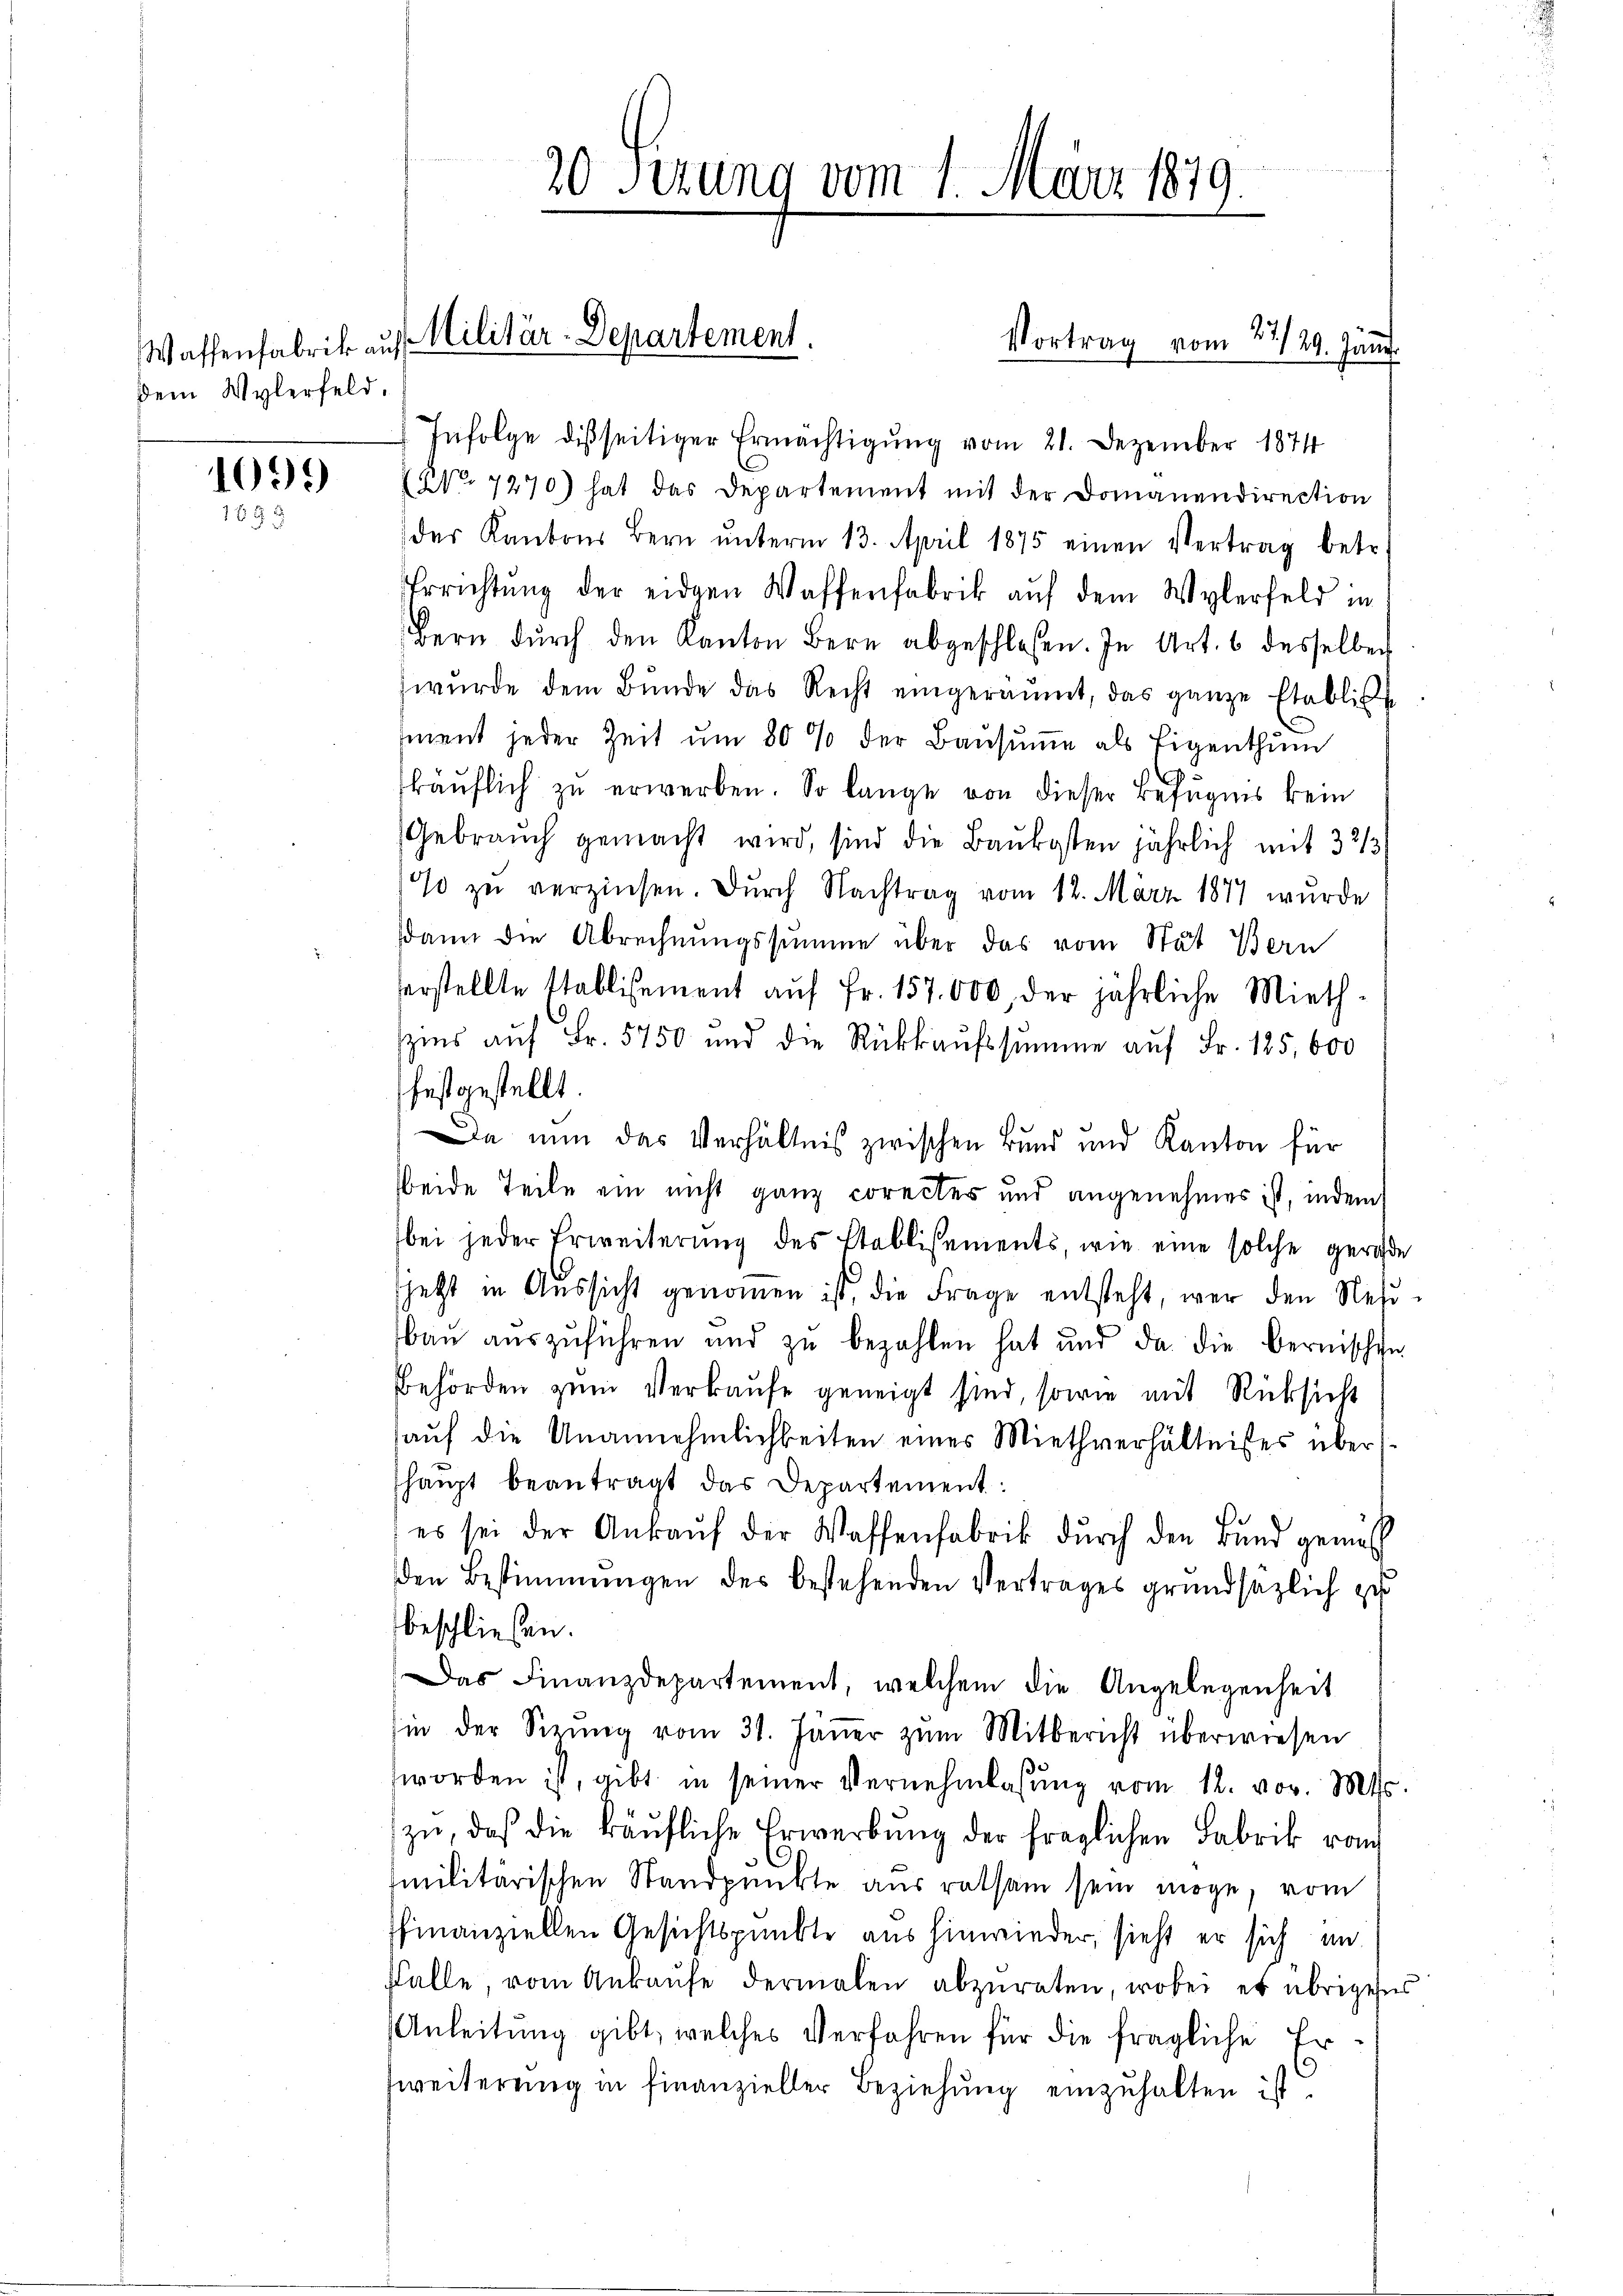
dem Wylerfeld.

1099
1698

Waffenfabrik auf Militär-Departement.

20 Setzung vom 1. März 1879.

Infolge disseitiger Ermächtigung vom 21. Dezember 1874
NNo 7270) hat das Departement mit der Domanendirection
der Kantons Bern ŭnterm 13. April 1875 einen Vertrag betr.
Errichtung der eidgen Waffenfabrik auf dem Wylerfeld in
Bern dŭrch den Kanton Bern abgeschlossen. In Art. 6 desselben
wŭrde dem Bŭnde das Recht eingeräŭmt, das ganze Etablis
ment jeder Zeit ŭm 80% der Baŭsŭṁe als Eigenthum
käŭflich zu erwerben. So lange von dieser Befugnis kein
Gebrauch gemacht wird, sind die Baukosten jährlich mit 3 2/3
% zu verzinsen. Durch Nachtrag vom 12. März 1877 wurde
sdann die Abrechnungssumme über das vom Stat Bern
verstellte Etablisement aŭf Fr. 157. 000, der jährliche Mieth-
szins auf Fr. 5750 und die Rückkaŭfssumme auf Fr. 125, 600
festgestellt.
Da nun das Verhältnis zwischen Bund und Kanton für
Beide Teile ein nicht ganz corectes und angenehmen ist, indem
bei jeder Erweiterung des Etablisements, wie eine solche gerade
jetzt in Aussicht genommen ist, die Frage entsteht, wer den Nefbaŭ aŭszŭführen und zŭ bezahlen hat und da die bernischen
Behörden zum Verkaufe geneigt sind, sowie mit Rücksicht
aŭf die Unannehmlichkeiten eines Miethverhältnisses über
haŭpt beantragt das Departement:
es sei der Ankaŭf der Waffenfabrik dŭrch den Bund gemess
den Bestimmungen des bestehenden Vertrages grundsätzlich zu
beschließen.
Das Finanzdepartement, welchem die Angelegenheit
hin der Serŭng vom 31. Janer zŭm Mitbericht überwiesen
worden ist, gibt in seiner Vernehmlassŭng vom 12. vor. Mts.
zŭ, daß die käŭfliche Erwerbŭng der fraglichen Fabrik vo
militärischen Standpunkte aus ratsam sein möge, vom
ffinanziellen Gesichtspunkte aus hinwieder, sieht er sich in
falle, vom Ankaŭfe dermalen abzuraten, wobei er übrigens
Anleitung gibt, welches Verfahren für die fragliche Er¬
6
Zweiterung in finanzieller Beziehung einzuhalten ist.

Vortrag vom 27./29. Jänn